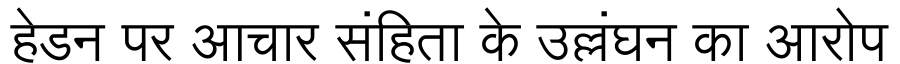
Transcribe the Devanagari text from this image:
हेडन पर आचार संहिता के उल्लंघन का आरोप